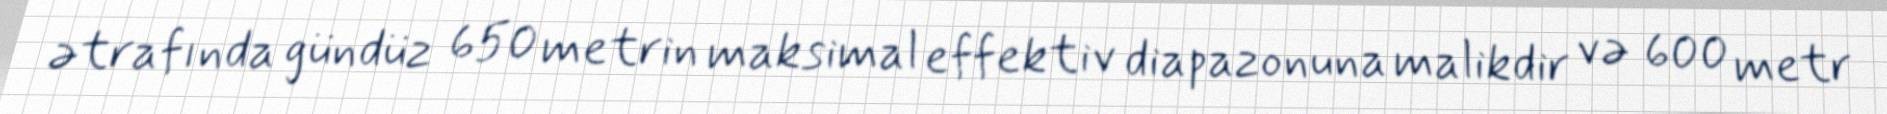
ətrafında gündüz 650 metrin maksimal effektiv diapazonuna malikdir və 600 metr